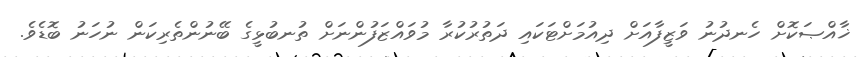
ޚާއްޞަކޮށް ހެނދުނު ވަޒީފާއަށް ދިއުމަށްޓަކައި ދަތުރުކުރާ މުވައްޒަފުންނަށް ތުނބުޅީގެ ބޭނުންތެރިކަން ނުހަނު ބޮޑެވެ.